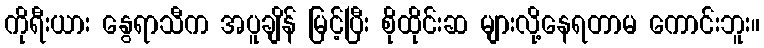
ကိုရီးယား နွေရာသီက အပူချိန် မြင့်ပြီး စိုထိုင်းဆ များလို့နေရတာမ ကောင်းဘူး။